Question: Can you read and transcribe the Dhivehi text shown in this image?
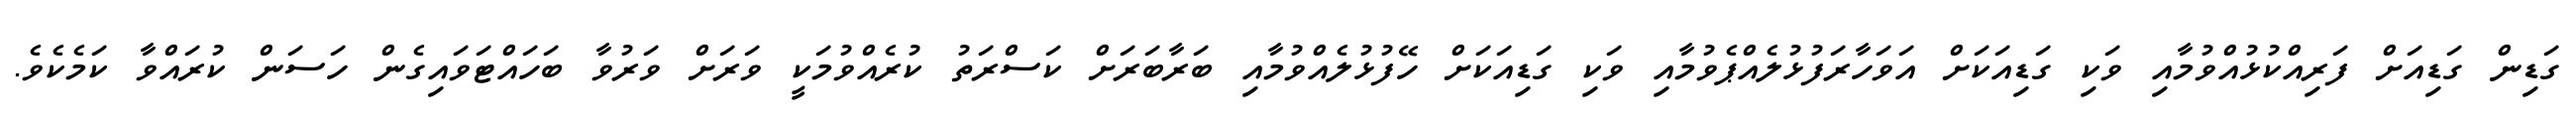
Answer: ގަޑިން ގަޑިއަށް ފަރިއްކުޅުއްވުމާއި ވަކި ގަޑިއަކަށް އަވަހާރަފުޅުލެއްޕެވުމާއި ވަކި ގަޑިއަކަށް ހޭފުޅުލެއްވުމާއި ބަރާބަރަށް ކަސްރަތު ކުރެއްވުމަކީ ވަރަށް ވަރުވާ ބަހައްޓަވައިގެން ހަސަން ކުރައްވާ ކަމެކެވެ.